Report of the Indian Hemp Drugs Commission, 1894-1895 - Volume I
Year: 1894
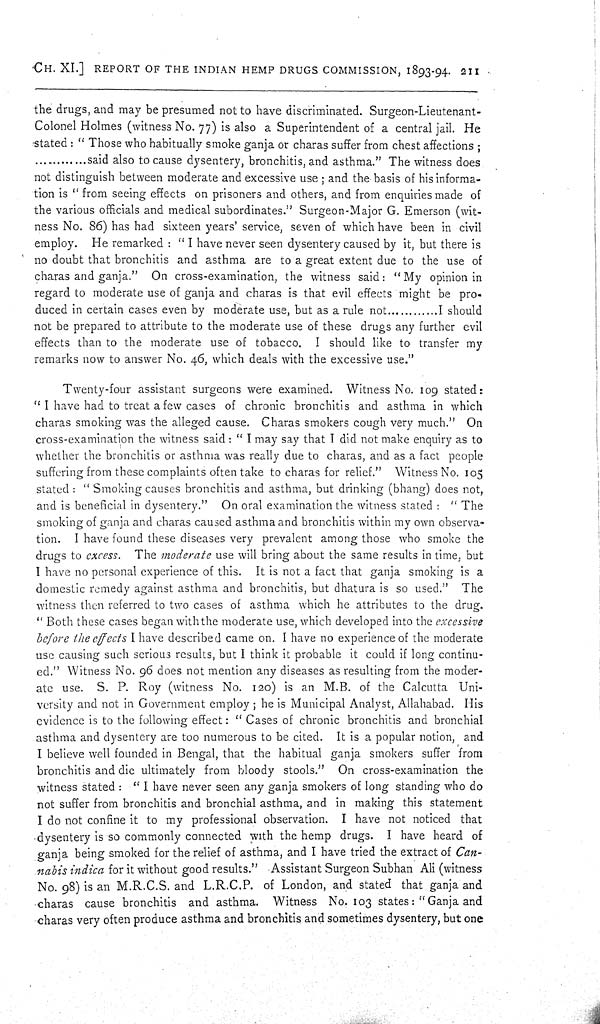
CH. XI.] REPORT OF THE INDIAN HEMP DRUGS COMMISSION, 1893-94. 211
the drugs, and may be presumed not to have discriminated. Surgeon-Lieutenant-
Colonel Holmes (witness No. 77) is also a Superintendent of a central jail. He
stated: "Those who habitually smoke ganja or charas suffer from chest affections;
said also to cause dysentery, bronchitis, and asthma." The witness does
not distinguish between moderate and excessive use; and the basis of his informa-
tion is "from seeing effects on prisoners and others, and from enquiries made of
the various officials and medical subordinates." Surgeon-Major G. Emerson (wit-
ness No. 86) has had sixteen years' service, seven of which have been in civil
employ. He remarked: "I have never seen dysentery caused by it, but there is
no doubt that bronchitis and asthma are to a great extent due to the use of
charas and ganja." On cross-examination, the witness said: "My opinion in
regard to moderate use of ganja and charas is that evil effects might be pro-
duced in certain cases even by moderate use, but as a rule not
I should
not be prepared to attribute to the moderate use of these drugs any further evil
effects than to the moderate use of tobacco. I should like to transfer my
remarks now to answer No. 46, which deals with the excessive use."
Twenty-four assistant surgeons were examined. Witness No. 109 stated:
"I have had to treat a few cases of chronic bronchitis and asthma in which
charas smoking was the alleged cause. Charas smokers cough very much." On
cross-examination the witness said: "I may say that I did not make enquiry as to
whether the bronchitis or asthma was really due to charas, and as a fact people
suffering from these complaints often take to charas for relief." Witness No. 105
stated: "Smoking causes bronchitis and asthma, but drinking (bhang) does not,
and is beneficial in dysentery." On oral examination the witness stated: "The
smoking of ganja and charas caused asthma and bronchitis within my own observa-
tion. I have found these diseases very prevalent among those who smoke the
drugs to excess. The moderate use will bring about the same results in time, but
I have no personal experience of this. It is not a fact that ganja smoking is a
domestic remedy against asthma and bronchitis, but dhatura is so used." The
witness then referred to two cases of asthma which he attributes to the drug.
"Both these cases began with the moderate use, which developed into the excessive
before the effects I have described came on. I have no experience of the moderate
use causing such serious results, but I think it probable it could if long continu-
ed." Witness No. 96 does not mention any diseases as resulting from the moder-
ate use. S. P. Roy (witness No. 120) is an M.B. of the Calcutta Uni-
versity and not in Government employ; he is Municipal Analyst, Allahabad. His
evidence is to the following effect: "Cases of chronic bronchitis and bronchial
asthma and dysentery are too numerous to be cited. It is a popular notion, and
I believe well founded in Bengal, that the habitual ganja smokers suffer from
bronchitis and die ultimately from bloody stools." On cross-examination the
witness stated: "I have never seen any ganja smokers of long standing who do
not suffer from bronchitis and bronchial asthma, and in making this statement
I do not confine it to my professional observation. I have not noticed that
dysentery is so commonly connected with the hemp drugs. I have heard of
ganja being smoked for the relief of asthma, and I have tried the extract of Can-
nabis indica for it without good results." Assistant Surgeon Subhan Ali (witness
No. 98) is an M.R.C.S. and L.R.C.P. of London, and stated that ganja and
charas cause bronchitis and asthma. Witness No. 103 states: "Ganja and
charas very often produce asthma and bronchitis and sometimes dysentery, but one